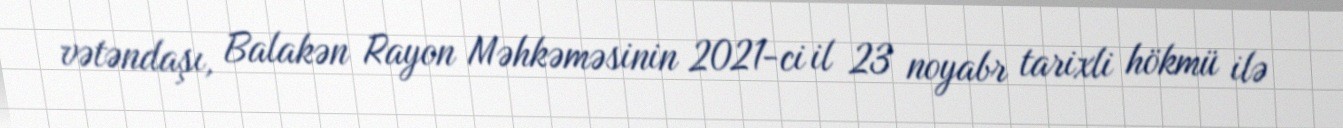
vətəndaşı, Balakən Rayon Məhkəməsinin 2021-ci il 23 noyabr tarixli hökmü ilə